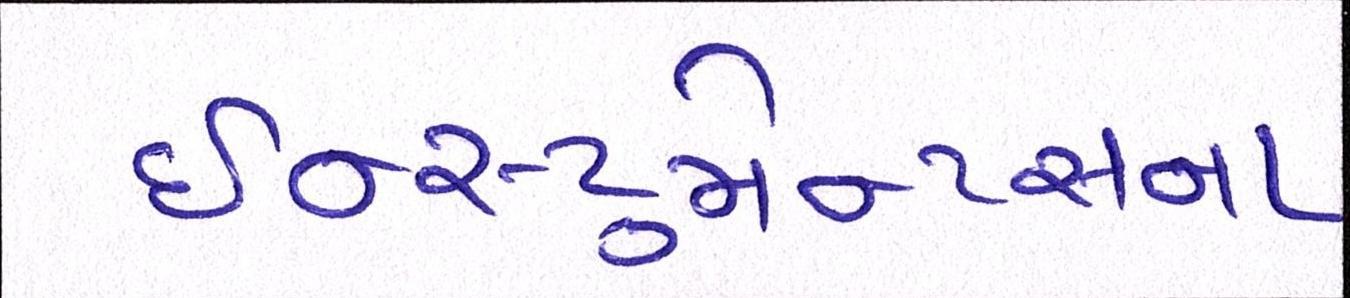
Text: ઇન્સ્ટ્રુમેન્ટસના